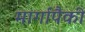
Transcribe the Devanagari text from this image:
मार्गापैकी